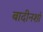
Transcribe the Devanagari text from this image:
बादीनशां